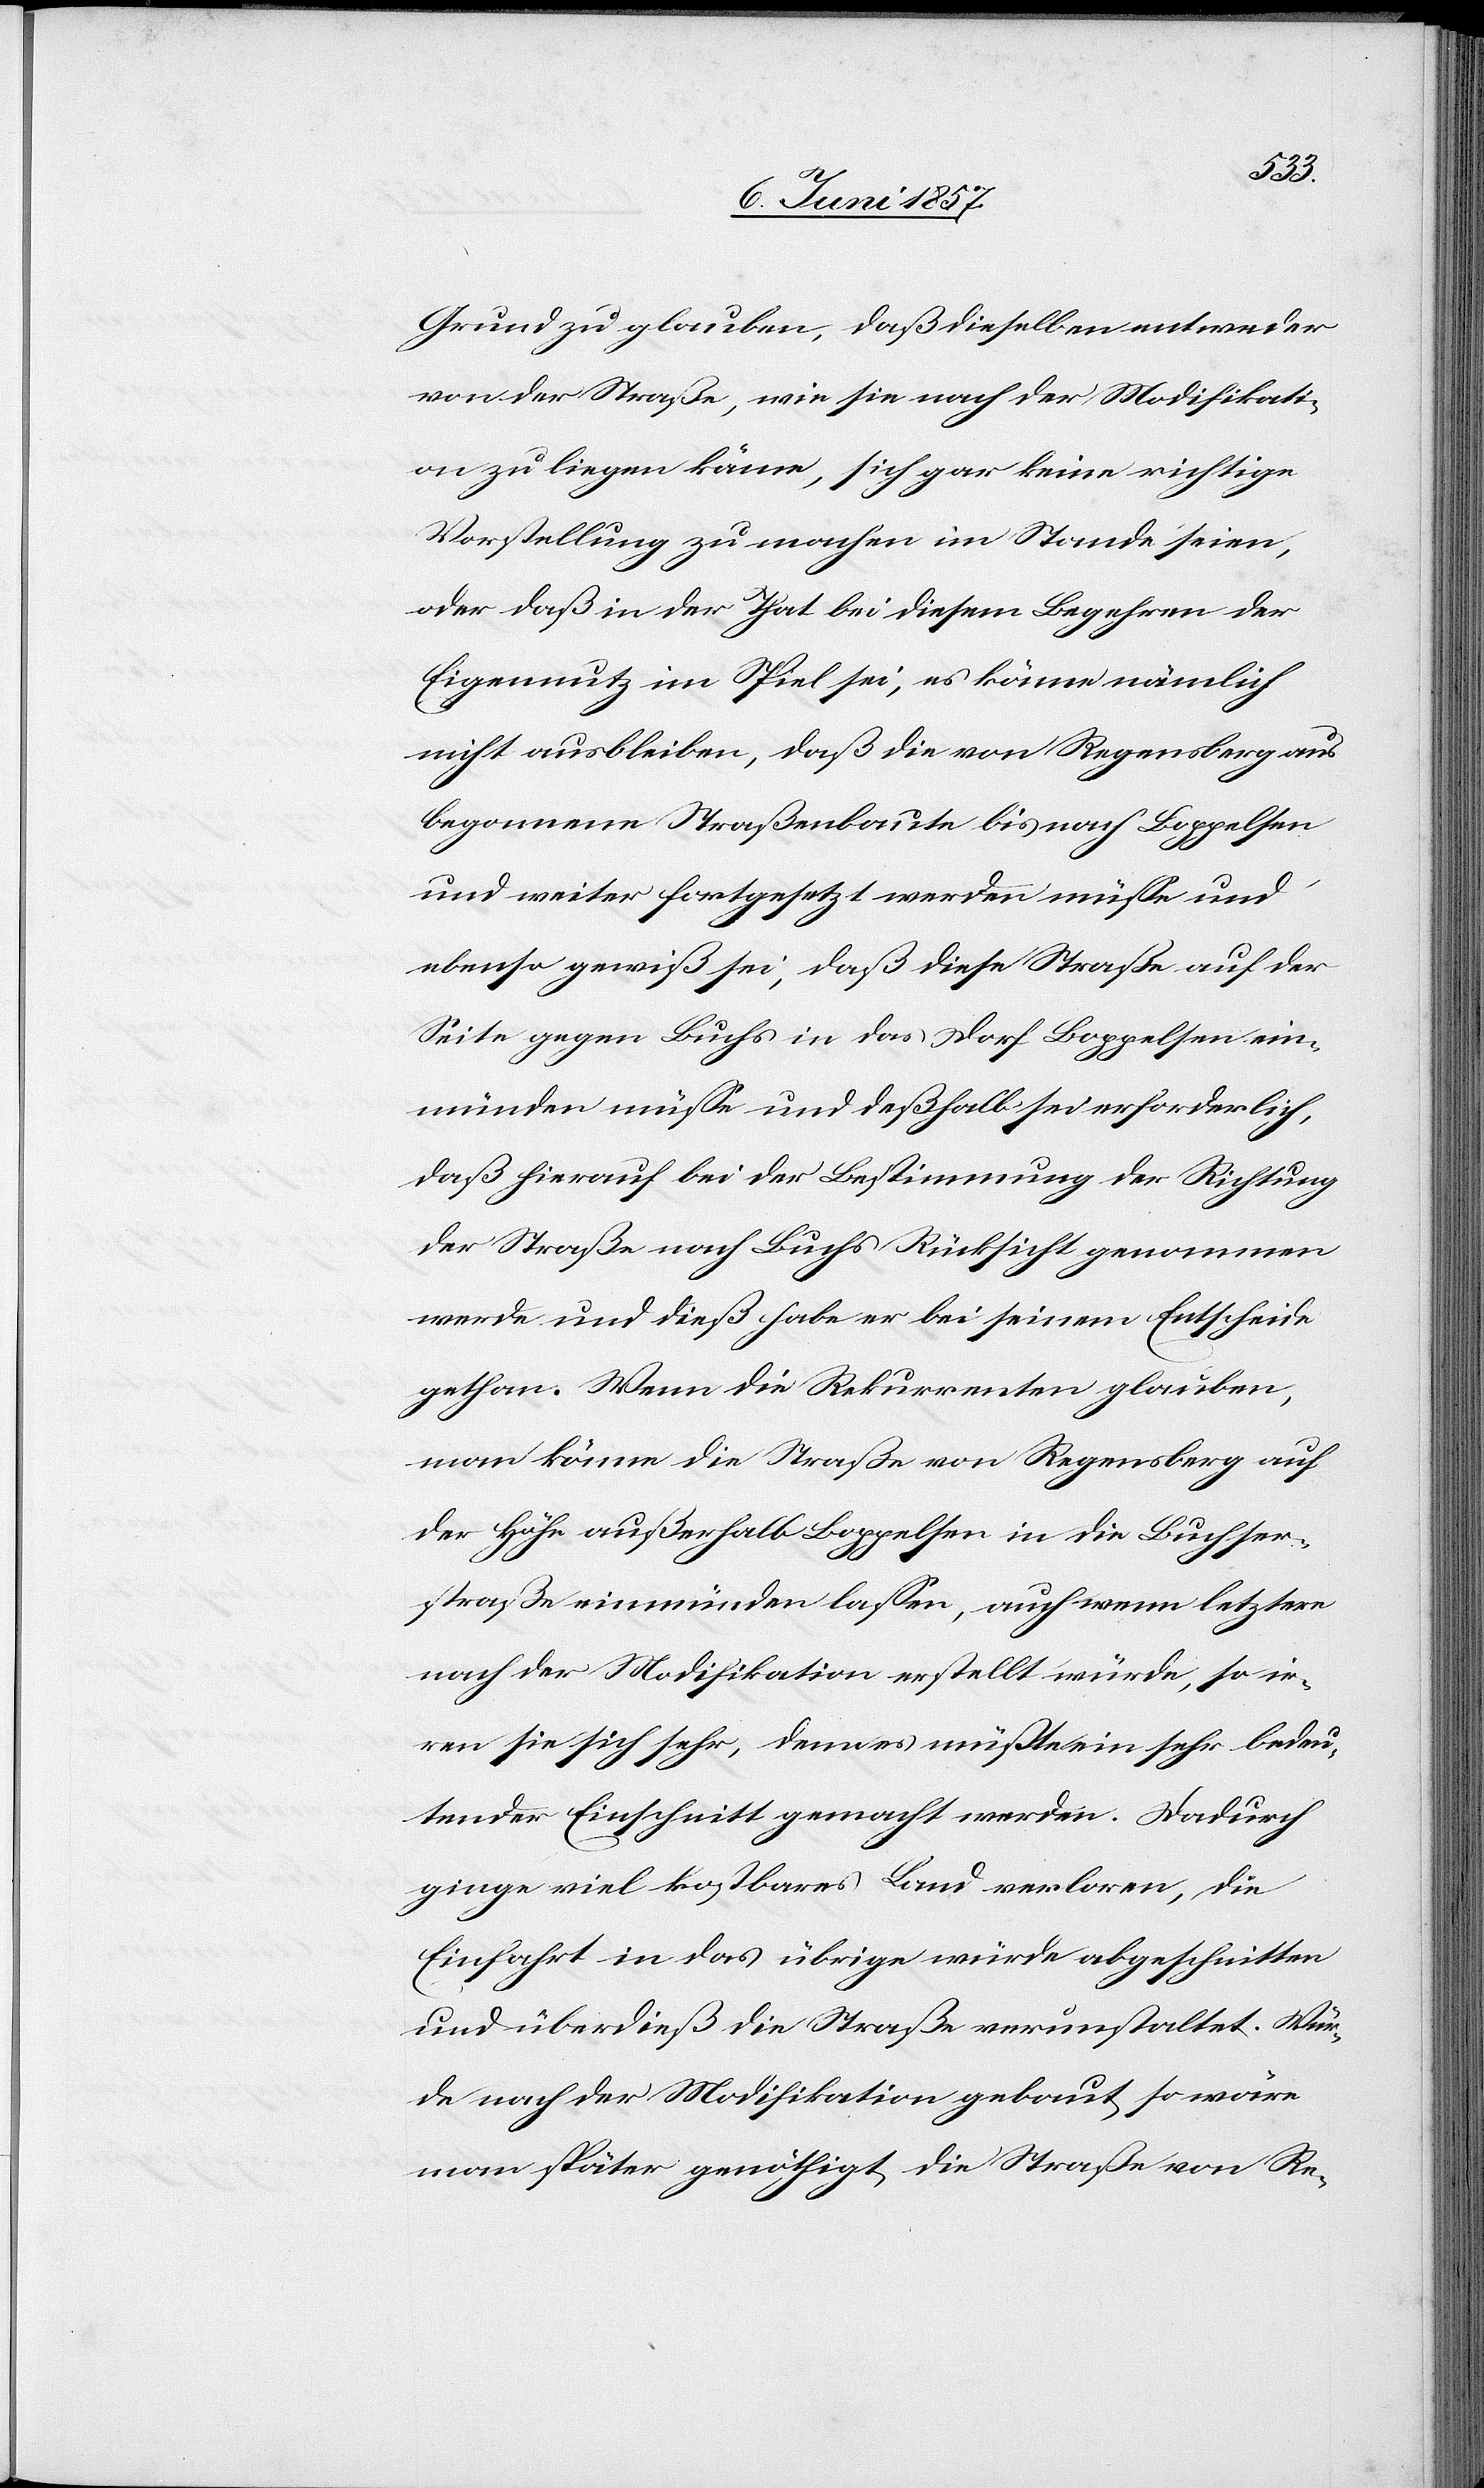
Grund zu glauben, daß dieselben entweder
von der Straße, wie sie nach der Modifikati¬
on zu liegen käme, sich gar keine richtige
Vorstellung zu machen im Stande seien,
oder daß in der That bei diesem Begehren der
Eigennutz im Spiel sei, es könne nämlich
nicht ausbleiben, daß die von Regensberg aus
begonnene Straßenbaute bis nach Boppelsen
und weiter fortgesetzt werden müße und
ebenso gewiß sei, daß diese Straße auf der
Seite gegen Buchs in das Dorf Boppelsen ein¬
münden müße und deßhalb sei erforderlich,
daß hierauf bei der Bestimmung der Richtung
der Straße nach Buchs Rücksicht genommen
werde und dieß habe er bei seinem Entscheide
gethan. Wenn die Rekurrenten glauben,
man könne die Straße nach Regensberg auf
der Höhe außerhalb Boppelsen in die Buchser¬
straße einmünden lassen, auch wenn letztere
nach der Modifikation erstellt würde, so ir¬
ren sie sich sehr, denn es müßte ein sehr bedeu¬
tender Einschnitt gemacht werden. Dadurch
ginge viel kostbares Land verloren, die
Einfahrt in das übrige würde abgeschnitten
und überdieß die Straße verunstaltet. Wür¬
de nach der Modifikation gebaut so wäre
man später genöthigt, die Straße von Re-